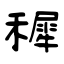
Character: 穉